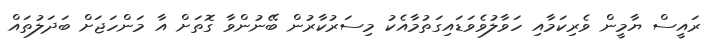
ރައީސް ޔާމީން ވެރިކަމާއި ހަވާލުވެވަޑައިގަތުމާއެކު މިސަރުކާރުން ބޭނުންވާ ގޮތަށް އާ މަންހަޖަށް ބަދަލުތައް